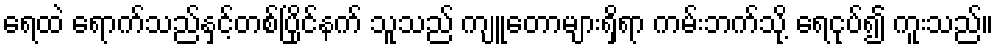
ရေထဲ ရောက်သည်နှင့်တစ်ပြိုင်နက် သူသည် ကျူတောများရှိရာ ကမ်းဘက်သို့ ရေငုပ်၍ ကူးသည်။